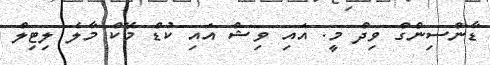
ޑާންސިންގް ވިދް މީ. އައި ވިޝް އައި ކުޑް މޭކް މާލެ ލިޓިލް